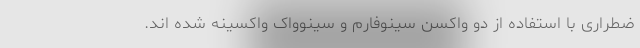
ضطراری با استفاده از دو واکسن سینوفارم و سینوواک واکسینه شده اند.